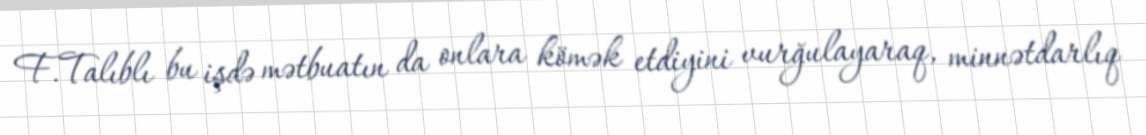
F.Talıblı bu işdə mətbuatın da onlara kömək etdiyini vurğulayaraq, minnətdarlıq